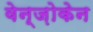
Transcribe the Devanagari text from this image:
वेन्ज़ोकेन